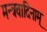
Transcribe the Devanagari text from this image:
मन्त्रवादिनाम्